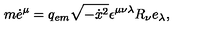
m \dot { e } ^ { \mu } = q _ { e m } \sqrt { - \dot { x } { } ^ { 2 } } \epsilon ^ { \mu \nu \lambda } R _ { \nu } e _ { \lambda } ,